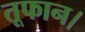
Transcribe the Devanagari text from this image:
तूफान।